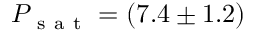
P _ { \mathrm { ~ s ~ a ~ t ~ } } = ( 7 . 4 \pm 1 . 2 )